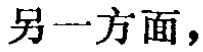
另一方面，